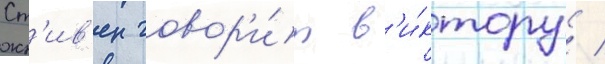
Ст'ив'ен говор'и́т в'и́ктору /